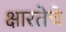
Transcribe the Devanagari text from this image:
क्षारतेचे